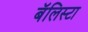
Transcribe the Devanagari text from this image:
बॅलिस्टा